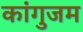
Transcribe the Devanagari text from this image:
कांगुजम